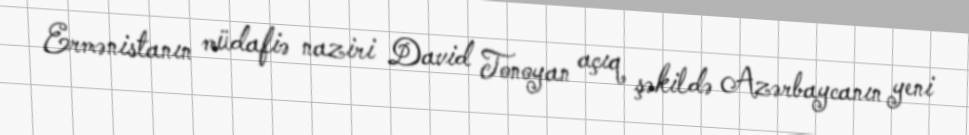
Ermənistanın müdafiə naziri David Tonoyan açıq şəkildə Azərbaycanın yeni